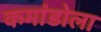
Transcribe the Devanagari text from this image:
कमांडोला